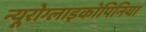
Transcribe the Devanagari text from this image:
न्यूरोग्लाइकोपिनिया